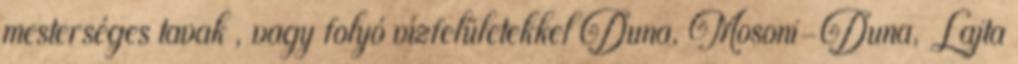
mesterséges tavak , vagy folyó vízfelületekkel Duna, Mosoni-Duna, Lajta